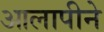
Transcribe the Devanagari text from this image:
आलापीने